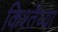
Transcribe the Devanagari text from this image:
किश्तैय्या